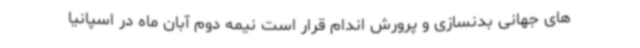
های جهانی بدنسازی و پرورش اندام قرار است نیمه دوم آبان ماه در اسپانیا